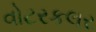
વોટરકલર